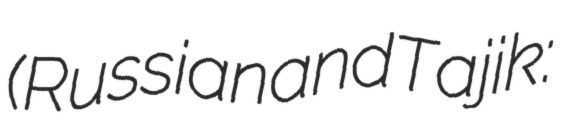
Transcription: (Russian and Tajik: